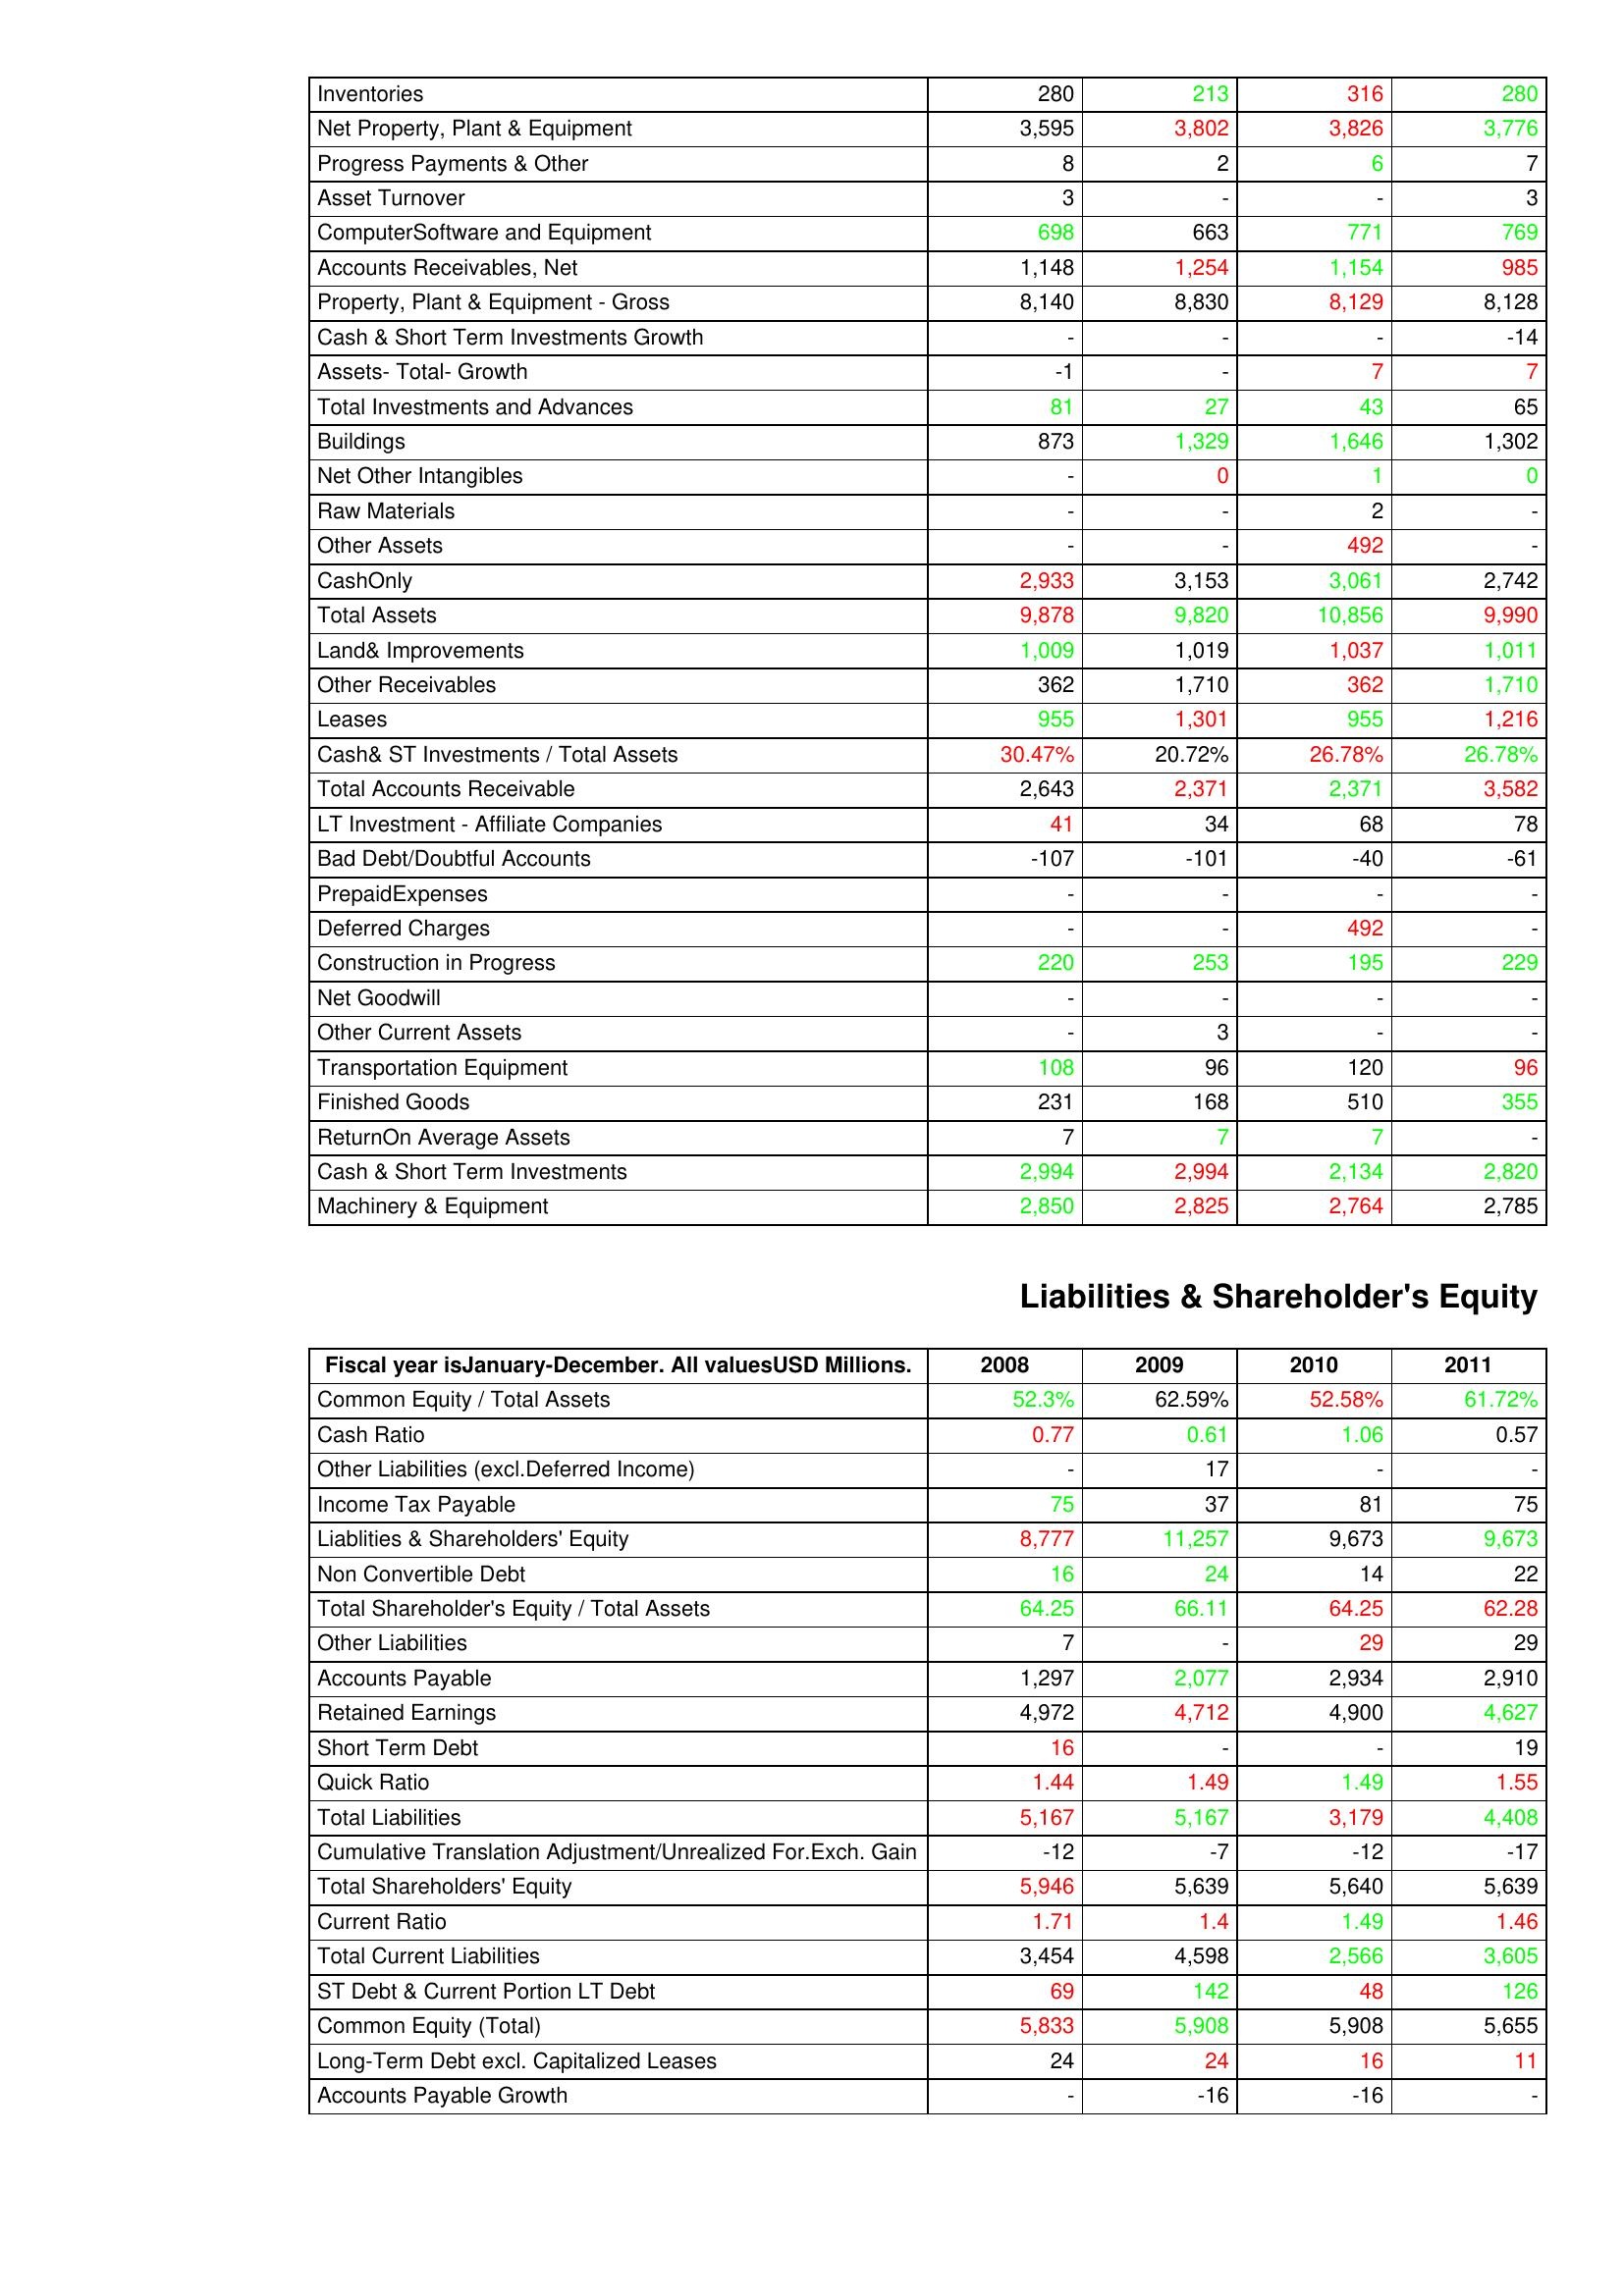
gt_parse: 2008: Assets: Inventories: 280
Net Property, Plant & Equipment: 3,595
Progress Payments & Other: 8
Asset Turnover: 3
ComputerSoftware and Equipment: 698
Accounts Receivables, Net: 1,148
Property, Plant & Equipment - Gross : 8,140
Cash & Short Term Investments Growth: -
Assets- Total- Growth: -1
Total Investments and Advances: 81
Buildings: 873
Net Other Intangibles: -
Raw Materials: -
Other Assets: -
CashOnly: 2,933
Total Assets: 9,878
Land& Improvements: 1,009
Other Receivables: 362
Leases: 955
Cash& ST Investments / Total Assets: 30.47%
Total Accounts Receivable: 2,643
LT Investment - Affiliate Companies: 41
Bad Debt/Doubtful Accounts: -107
PrepaidExpenses: -
Deferred Charges: -
Construction in Progress: 220
Net Goodwill: -
Other Current Assets: -
Transportation Equipment: 108
Finished Goods: 231
ReturnOn Average Assets: 7
Cash & Short Term Investments: 2,994
Machinery & Equipment: 2,850
Liabilities & Shareholder's Equity: Common Equity / Total Assets: 52.3%
Cash Ratio: 0.77
Other Liabilities (excl.Deferred Income): -
Income Tax Payable: 75
Liablities & Shareholders' Equity: 8,777
Non Convertible Debt: 16
Total Shareholder's Equity / Total Assets: 64.25
Other Liabilities: 7
Accounts Payable: 1,297
Retained Earnings: 4,972
Short Term Debt: 16
Quick Ratio: 1.44
Total Liabilities: 5,167
Cumulative Translation Adjustment/Unrealized For.Exch. Gain: -12
Total Shareholders' Equity: 5,946
Current Ratio: 1.71
Total Current Liabilities: 3,454
ST Debt & Current Portion LT Debt: 69
Common Equity (Total): 5,833
Long-Term Debt excl. Capitalized Leases: 24
Accounts Payable Growth: -
2009: Assets: Inventories: 213
Net Property, Plant & Equipment: 3,802
Progress Payments & Other: 2
Asset Turnover: -
ComputerSoftware and Equipment: 663
Accounts Receivables, Net: 1,254
Property, Plant & Equipment - Gross : 8,830
Cash & Short Term Investments Growth: -
Assets- Total- Growth: -
Total Investments and Advances: 27
Buildings: 1,329
Net Other Intangibles: 0
Raw Materials: -
Other Assets: -
CashOnly: 3,153
Total Assets: 9,820
Land& Improvements: 1,019
Other Receivables: 1,710
Leases: 1,301
Cash& ST Investments / Total Assets: 20.72%
Total Accounts Receivable: 2,371
LT Investment - Affiliate Companies: 34
Bad Debt/Doubtful Accounts: -101
PrepaidExpenses: -
Deferred Charges: -
Construction in Progress: 253
Net Goodwill: -
Other Current Assets: 3
Transportation Equipment: 96
Finished Goods: 168
ReturnOn Average Assets: 7
Cash & Short Term Investments: 2,994
Machinery & Equipment: 2,825
Liabilities & Shareholder's Equity: Common Equity / Total Assets: 62.59%
Cash Ratio: 0.61
Other Liabilities (excl.Deferred Income): 17
Income Tax Payable: 37
Liablities & Shareholders' Equity: 11,257
Non Convertible Debt: 24
Total Shareholder's Equity / Total Assets: 66.11
Other Liabilities: -
Accounts Payable: 2,077
Retained Earnings: 4,712
Short Term Debt: -
Quick Ratio: 1.49
Total Liabilities: 5,167
Cumulative Translation Adjustment/Unrealized For.Exch. Gain: -7
Total Shareholders' Equity: 5,639
Current Ratio: 1.4
Total Current Liabilities: 4,598
ST Debt & Current Portion LT Debt: 142
Common Equity (Total): 5,908
Long-Term Debt excl. Capitalized Leases: 24
Accounts Payable Growth: -16
2010: Assets: Inventories: 316
Net Property, Plant & Equipment: 3,826
Progress Payments & Other: 6
Asset Turnover: -
ComputerSoftware and Equipment: 771
Accounts Receivables, Net: 1,154
Property, Plant & Equipment - Gross : 8,129
Cash & Short Term Investments Growth: -
Assets- Total- Growth: 7
Total Investments and Advances: 43
Buildings: 1,646
Net Other Intangibles: 1
Raw Materials: 2
Other Assets: 492
CashOnly: 3,061
Total Assets: 10,856
Land& Improvements: 1,037
Other Receivables: 362
Leases: 955
Cash& ST Investments / Total Assets: 26.78%
Total Accounts Receivable: 2,371
LT Investment - Affiliate Companies: 68
Bad Debt/Doubtful Accounts: -40
PrepaidExpenses: -
Deferred Charges: 492
Construction in Progress: 195
Net Goodwill: -
Other Current Assets: -
Transportation Equipment: 120
Finished Goods: 510
ReturnOn Average Assets: 7
Cash & Short Term Investments: 2,134
Machinery & Equipment: 2,764
Liabilities & Shareholder's Equity: Common Equity / Total Assets: 52.58%
Cash Ratio: 1.06
Other Liabilities (excl.Deferred Income): -
Income Tax Payable: 81
Liablities & Shareholders' Equity: 9,673
Non Convertible Debt: 14
Total Shareholder's Equity / Total Assets: 64.25
Other Liabilities: 29
Accounts Payable: 2,934
Retained Earnings: 4,900
Short Term Debt: -
Quick Ratio: 1.49
Total Liabilities: 3,179
Cumulative Translation Adjustment/Unrealized For.Exch. Gain: -12
Total Shareholders' Equity: 5,640
Current Ratio: 1.49
Total Current Liabilities: 2,566
ST Debt & Current Portion LT Debt: 48
Common Equity (Total): 5,908
Long-Term Debt excl. Capitalized Leases: 16
Accounts Payable Growth: -16
2011: Assets: Inventories: 280
Net Property, Plant & Equipment: 3,776
Progress Payments & Other: 7
Asset Turnover: 3
ComputerSoftware and Equipment: 769
Accounts Receivables, Net: 985
Property, Plant & Equipment - Gross : 8,128
Cash & Short Term Investments Growth: -14
Assets- Total- Growth: 7
Total Investments and Advances: 65
Buildings: 1,302
Net Other Intangibles: 0
Raw Materials: -
Other Assets: -
CashOnly: 2,742
Total Assets: 9,990
Land& Improvements: 1,011
Other Receivables: 1,710
Leases: 1,216
Cash& ST Investments / Total Assets: 26.78%
Total Accounts Receivable: 3,582
LT Investment - Affiliate Companies: 78
Bad Debt/Doubtful Accounts: -61
PrepaidExpenses: -
Deferred Charges: -
Construction in Progress: 229
Net Goodwill: -
Other Current Assets: -
Transportation Equipment: 96
Finished Goods: 355
ReturnOn Average Assets: -
Cash & Short Term Investments: 2,820
Machinery & Equipment: 2,785
Liabilities & Shareholder's Equity: Common Equity / Total Assets: 61.72%
Cash Ratio: 0.57
Other Liabilities (excl.Deferred Income): -
Income Tax Payable: 75
Liablities & Shareholders' Equity: 9,673
Non Convertible Debt: 22
Total Shareholder's Equity / Total Assets: 62.28
Other Liabilities: 29
Accounts Payable: 2,910
Retained Earnings: 4,627
Short Term Debt: 19
Quick Ratio: 1.55
Total Liabilities: 4,408
Cumulative Translation Adjustment/Unrealized For.Exch. Gain: -17
Total Shareholders' Equity: 5,639
Current Ratio: 1.46
Total Current Liabilities: 3,605
ST Debt & Current Portion LT Debt: 126
Common Equity (Total): 5,655
Long-Term Debt excl. Capitalized Leases: 11
Accounts Payable Growth: -